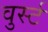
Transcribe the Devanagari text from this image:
वुर्स्ट